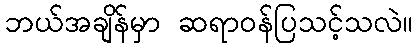
ဘယ်အချိန်မှာ ဆရာဝန်ပြသင့်သလဲ။